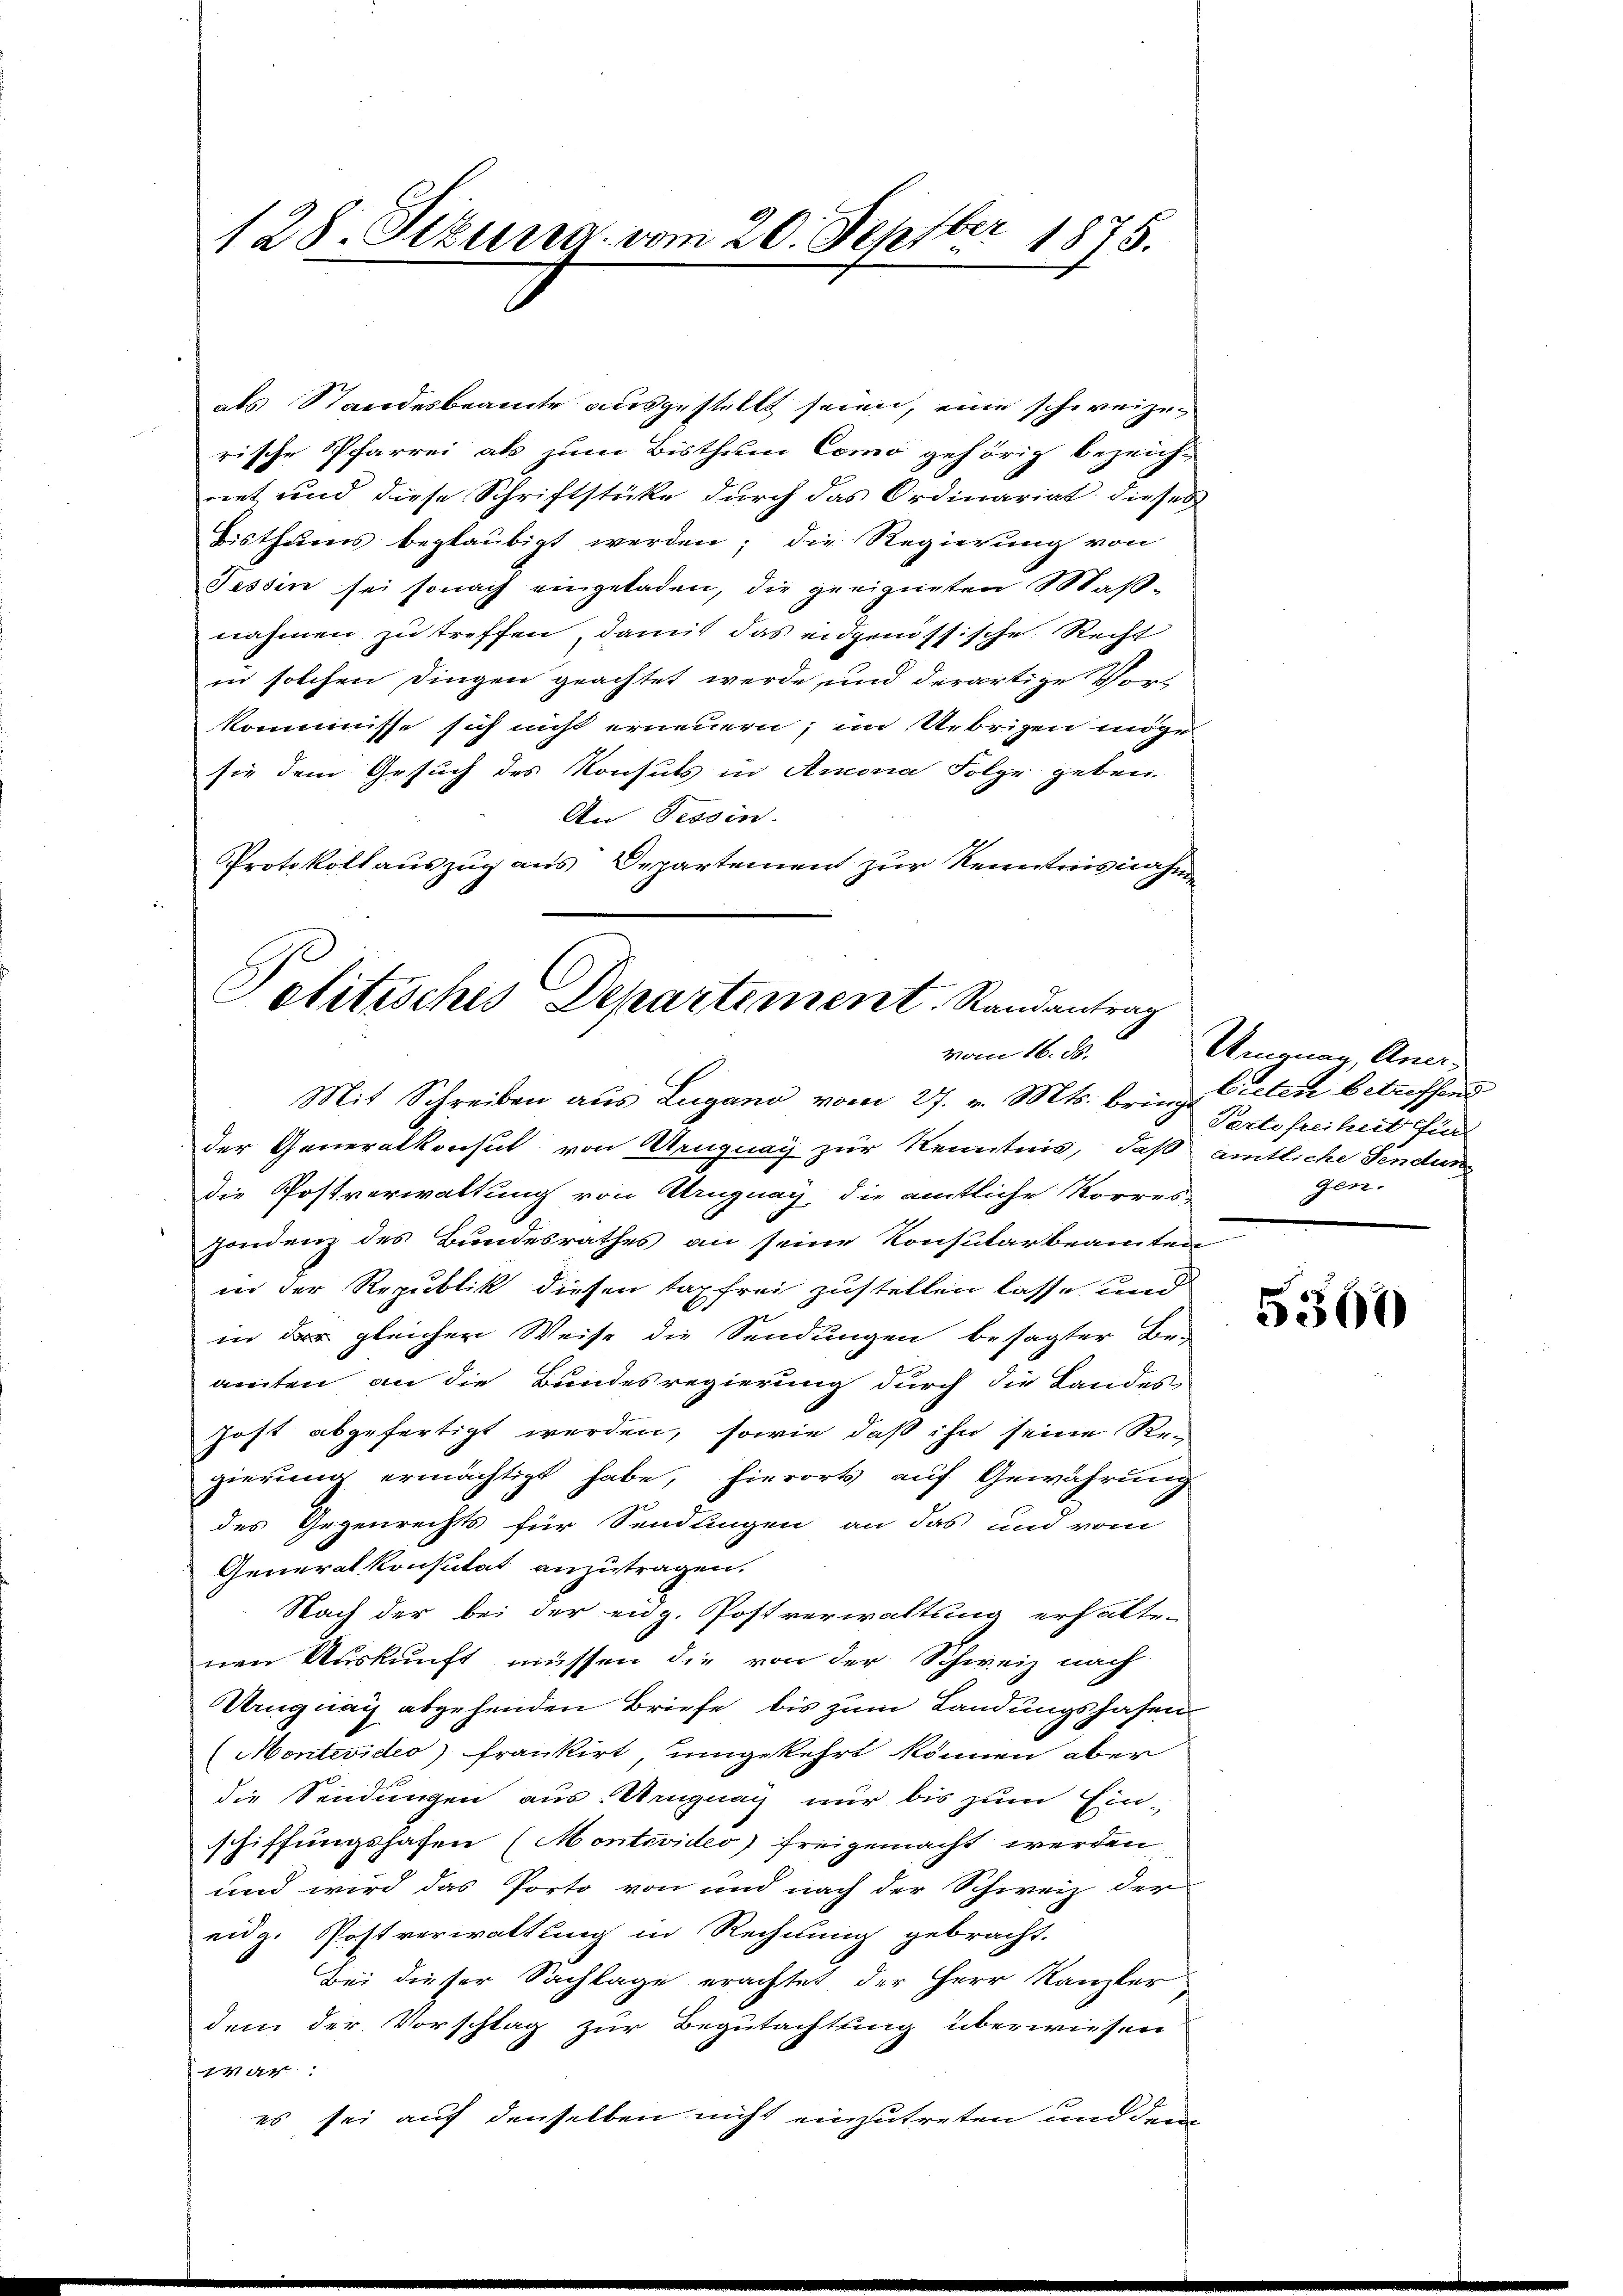
128. Sizung vom 20. Septbr.
er 1875.

als Standesbeamte ausgestellt seien, eine schweizen
rische Pfarrei als zum Bisthum Como gehörig bezeich-
riet und diese Schriftstücke durch das Ordinariat dieses
Bisthums beglaubigt werden; die Regierung von
Tessin sei sonach eingeladen, die geeigneten Maß-
nahmen zu treffen, damit das eidgenössische Recht
in solchen Dingen geachtet werde und derartige Vor-
kommisse sich nicht erneuern; im Uebrigen möge
sie dem Gesuch des Konsuls in Amona Folge geben.
An Tessin.
Protokollauszug aus Departement zur Kenntnisnahm

Politisches Departement. Randantrag
vom 16. d.

Mit Schreiben aus Lugano vom 27. v. Mts. bring Gieten betreffend
der Generalkonsul von Uruguay zur Kenntnis, daß amtliche Sendun
die Postverwaltung von Uruguay, die amtliche Korres-
Zondenz des Bundesrathes an seine Konsularbeamten
in der Republik diesen Tag frei zustellen lasse und
in der gleicher Weise die Sendungen besagter Be-
amten an die Bundesregierung durch die Landes¬
Jost abgefertigt werden, sowie daß ihn seine Re-
gierung ermächtigt habe, hierorts auf Gewährung
des Gegenrechts für Sendungen an das und vom
Generalkonsutat anzutragen.
Nach der bei der eidg. Postverwaltung erhalte-
nen Auskunft müssen die von der Schweiz nach
Uruguay abgehenden Briefe bis zum Landungshafen
Montevideo frankirt, umgekehrt können aber
die Sendungen aus. Ungnay nur bis zum Ein-
schiffungshafen (Montevideo freigemacht werden,
und wird das Porto von und nach der Schweiz der
eidg. Postverwaltung in Rechnung gebracht.
Bei dieser Sachlage erachtet der Herr Kanzler
dem der Vorschlag zur Begutachtung überwiesen
war:
es sei auf denselben nicht einzutreten und dem

Ungnau, Aner
Pertifreiheit für
gen.

5367